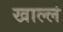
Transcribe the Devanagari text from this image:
खाल्लं